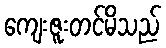
ကျေးဇူးတင်မိသည်